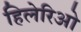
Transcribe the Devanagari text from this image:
हिलेरिओ